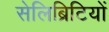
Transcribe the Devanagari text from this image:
सेलिब्रिटियों